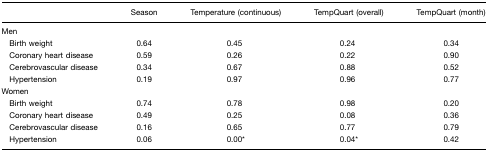
<table><thead><tr><td></td><td><b>Season</b></td><td><b>Temperature (continuous)</b></td><td><b>TempQuart (overall)</b></td><td><b>TempQuart (month)</b></td></tr></thead><tbody><tr><td>Men</td><td></td><td></td><td></td><td></td></tr><tr><td> Birth weight</td><td>0.64</td><td>0.45</td><td>0.24</td><td>0.34</td></tr><tr><td> Coronary heart disease</td><td>0.59</td><td>0.26</td><td>0.22</td><td>0.90</td></tr><tr><td> Cerebrovascular disease</td><td>0.34</td><td>0.67</td><td>0.88</td><td>0.52</td></tr><tr><td> Hypertension</td><td>0.19</td><td>0.97</td><td>0.96</td><td>0.77</td></tr><tr><td>Women</td><td></td><td></td><td></td><td></td></tr><tr><td> Birth weight</td><td>0.74</td><td>0.78</td><td>0.98</td><td>0.20</td></tr><tr><td> Coronary heart disease</td><td>0.49</td><td>0.25</td><td>0.08</td><td>0.36</td></tr><tr><td> Cerebrovascular disease</td><td>0.16</td><td>0.65</td><td>0.77</td><td>0.79</td></tr><tr><td> Hypertension</td><td>0.06</td><td>0.00*</td><td>0.04*</td><td>0.42</td></tr></tbody></table>